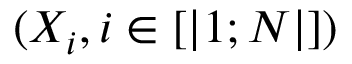
( X _ { i } , i \in [ | 1 ; N | ] )